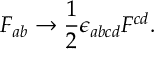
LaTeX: F _ { a b } \rightarrow { \frac { 1 } { 2 } } \epsilon _ { a b c d } F ^ { c d } .